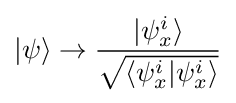
|\psi \rangle \rightarrow {\frac {|\psi _{x}^{i}\rangle }{\sqrt {\langle \psi _{x}^{i}|\psi _{x}^{i}\rangle }}}